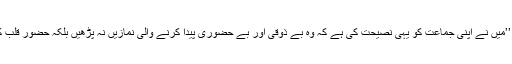
حضرت مسیح موعود علیہ الصلوۃ والسلام فرماتے ہیں کہ: ’’مَیں نے اپنی جماعت کو یہی نصیحت کی ہے کہ وہ بے ذوقی اور بے حضوری پیدا کرنے والی نمازیں نہ پڑھیں بلکہ حضورِ قلب کی کوشش کریں جس سے اُن کو سرور اور ذوق حاصل ہو۔